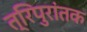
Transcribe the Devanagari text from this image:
त्रिपुरांतक